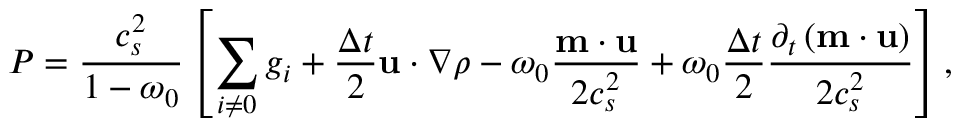
P = \frac { c _ { s } ^ { 2 } } { 1 - \omega _ { 0 } } \left[ \sum _ { i \neq 0 } g _ { i } + \frac { \Delta t } { 2 } \mathbf { u } \cdot \nabla \rho - \omega _ { 0 } \frac { \mathbf { m } \cdot \mathbf { u } } { 2 c _ { s } ^ { 2 } } + \omega _ { 0 } \frac { \Delta t } { 2 } \frac { \partial _ { t } \left( \mathbf { m } \cdot \mathbf { u } \right) } { 2 c _ { s } ^ { 2 } } \right] ,